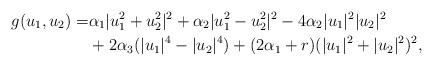
LaTeX: \begin{align*}g(u_1,u_2)=& \alpha_1 |u_1^2+u_2^2|^2 + \alpha_2 |u_1^2-u_2^2|^2 -4\alpha_2 |u_1|^2|u_2|^2 \\&+2\alpha_3 (|u_1|^4-|u_2|^4) + (2\alpha_1 + r) (|u_1|^2+|u_2|^2)^2,\end{align*}